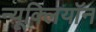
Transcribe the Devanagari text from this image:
न्यूक्लियॉन